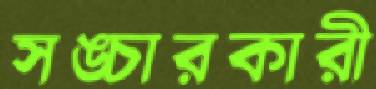
সঙ্চারকারী